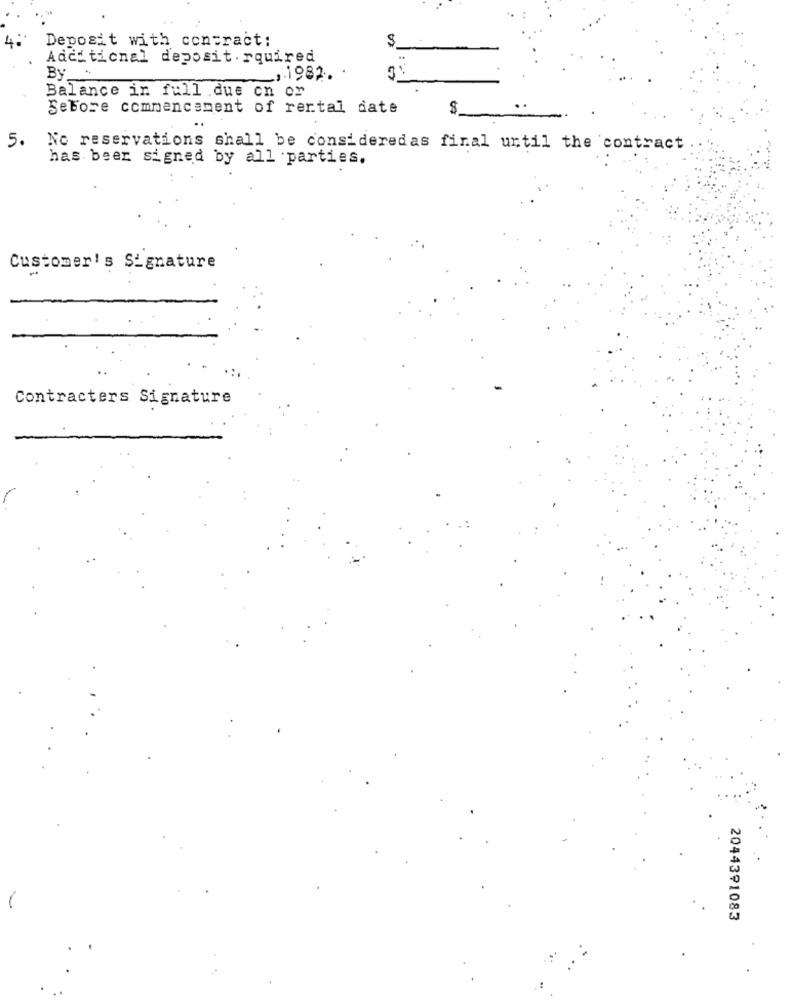
$
Deposit with contract:
Additional deposit . rquired
By _*
~, 1982.
Balance in full .due on or
Sebore commencement of rertal date
$
5.
No reservations shall be consideredas final until the contract
has beer signed by all parties.
Customer's Signature
Contracters Signature
2044391083